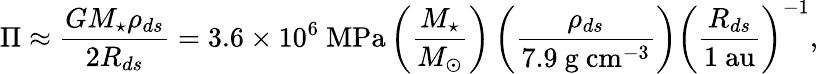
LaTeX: \Pi\approx{\frac{GM_{\star}\rho_{ds}}{2R_{ds}}}=3.6\times 10^{6}~\mathrm{MPa}\left({\frac{M_{\star}}{M_{\odot}}}\right)\left({\frac{\rho_{ds}}{7.9~\mathrm{g~cm^{-3}}}}\right)\left({\frac{R_{ds}}{1~\mathrm{au}}}\right)^{-1},